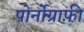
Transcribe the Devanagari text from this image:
पोर्नोग्राफ़ी